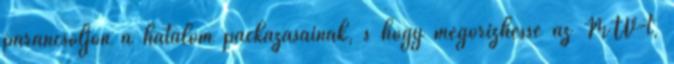
parancsoljon a hatalom packázásainak, s hogy megőrizhesse az MTV-t,